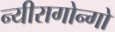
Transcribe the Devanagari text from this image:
न्यीरागोन्गो